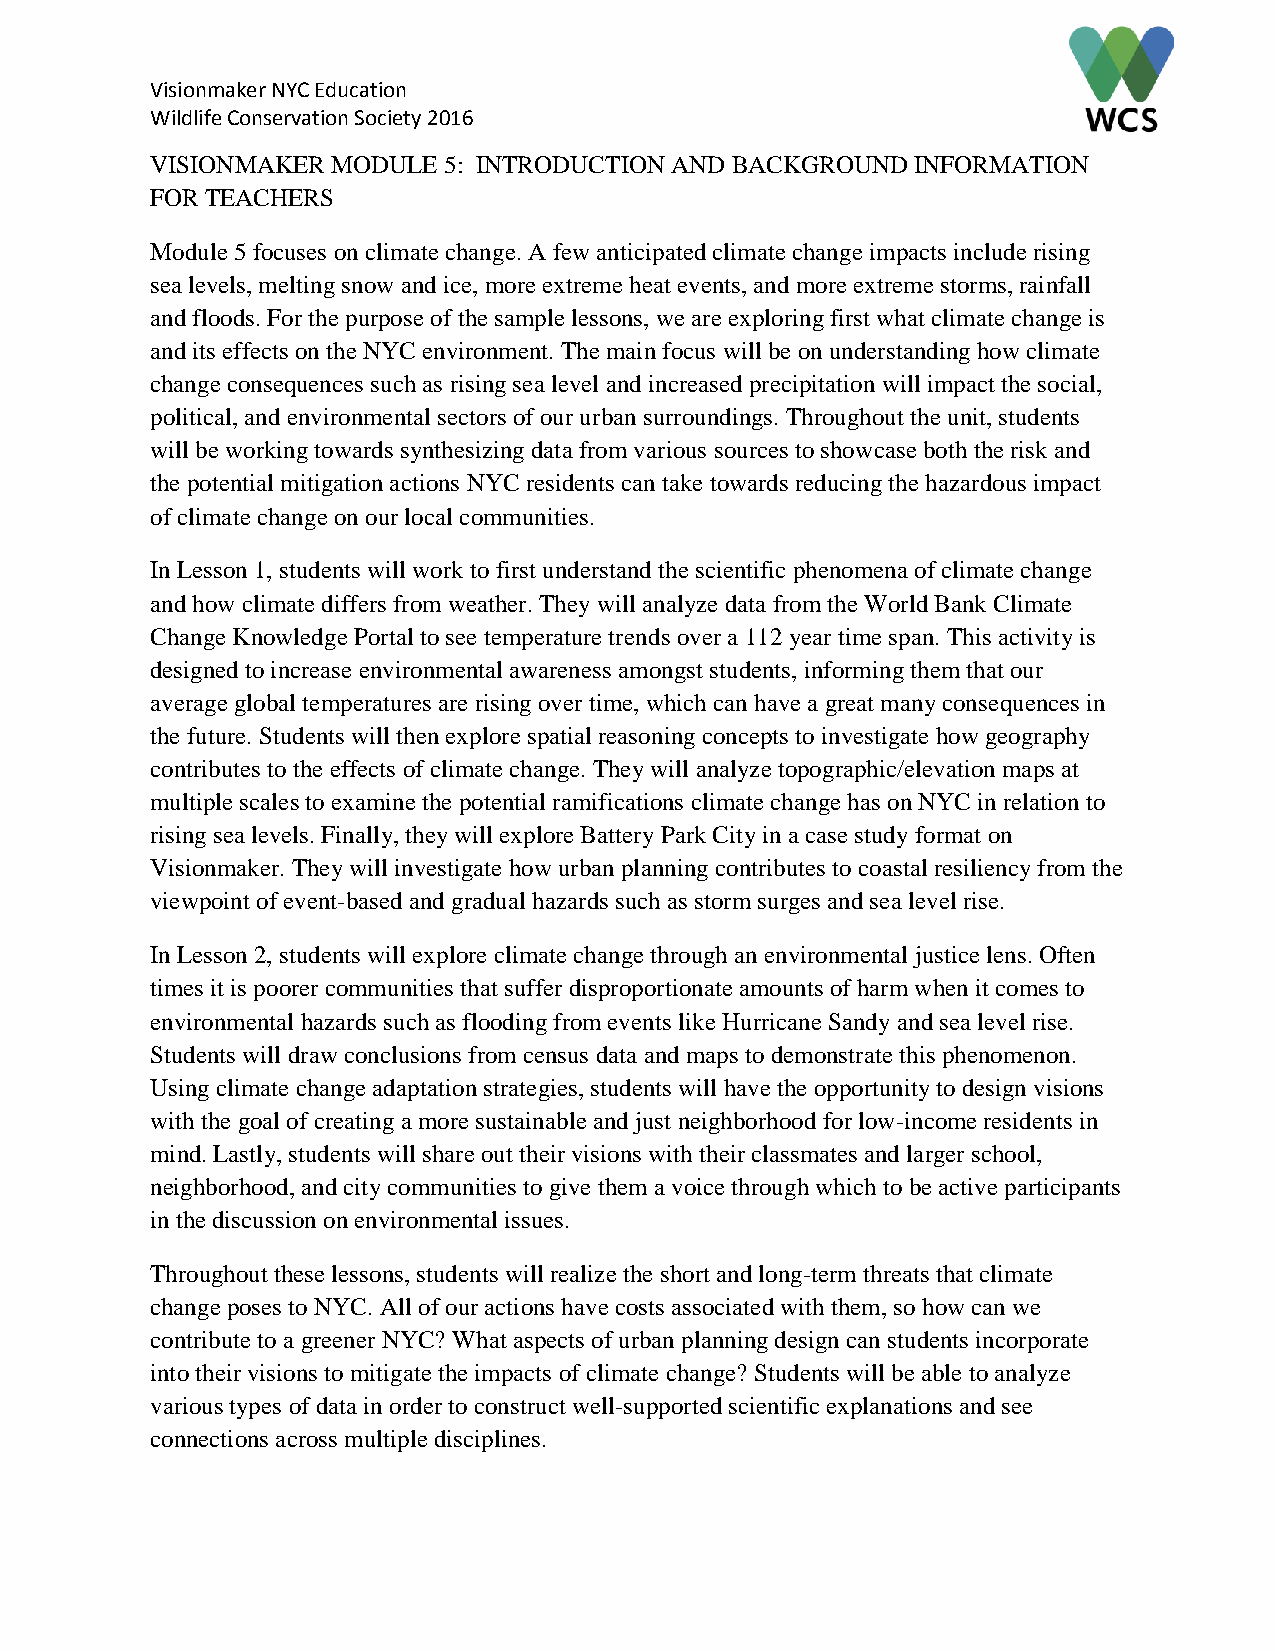
Visionmaker NYC Education
 Wildlife Conservation Society 2016
 VISIONMAKER MODULE 5: INTRODUCTION AND BACKGROUND  INFORMATION
 FOR TEACHERS
 Module 5 focuses on climate change. A few anticipated climate change impacts include rising
 sea levels, melting snow and ice, more extreme heat events, and more extreme storms, rainfall
 and floods. For the purpose of the sample lessons, we are exploring first what climate change is
 and its effects on the NYC environment. The main focus will be on understanding how climate
 change consequences such as rising sea level and increased precipitation will impact the social,
 political, and environmental sectors of our urban surroundings. Throughout the unit, students
 will be working towards synthesizing data from various sources to showcase both the risk and
 the potential mitigation actions NYC residents can take towards reducing the hazardous impact
 of climate change on our local communities.
 In Lesson 1, students will work to first understand the scientific phenomena of climate change
 and how climate differs from weather. They will analyze data from the World Bank Climate
 Change Knowledge Portal to see temperature trends over a 112 year time span. This activity is
 designed to increase environmental awareness amongst students, informing them that our
 average global temperatures are rising over time, which can have a great many consequences in
 the future. Students will then explore spatial reasoning concepts to investigate how geography
 contributes to the effects of climate change. They will analyze topographic/elevation maps at
 multiple scales to examine the potential ramifications climate change has on NYC in relation to
 rising sea levels. Finally, they will explore Battery Park City in a case study format on
 Visionmaker. They will investigate how urban planning contributes to coastal resiliency from the
 viewpoint of event-based and gradual hazards such as storm surges and sea level rise.
 In Lesson 2, students will explore climate change through an environmental justice lens. Often
 times it is poorer communities that suffer disproportionate amounts of harm when it comes to
 environmental hazards such as flooding from events like Hurricane Sandy and sea level rise.
 Students will draw conclusions from census data and maps to demonstrate this phenomenon.
 Using climate change adaptation strategies, students will have the opportunity to design visions
 with the goal of creating a more sustainable and just neighborhood for low-income residents in
 mind. Lastly, students will share out their visions with their classmates and larger school,
 neighborhood, and city communities to give them a voice through which to be active participants
 in the discussion on environmental issues.
 Throughout these lessons, students will realize the short and long-term threats that climate
 change poses to NYC. All of our actions have costs associated with them, so how can we
 contribute to a greener NYC? What aspects of urban planning design can students incorporate
 into their visions to mitigate the impacts of climate change? Students will be able to analyze
 various types of data in order to construct well-supported scientific explanations and see
 connections across multiple disciplines.